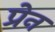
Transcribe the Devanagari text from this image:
प्रेन